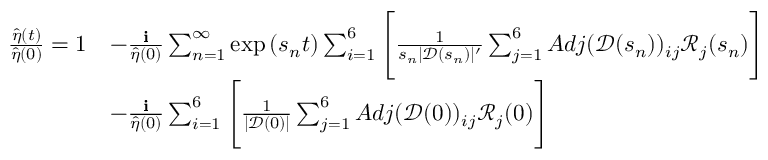
\begin{array} { r l } { \frac { \hat { \eta } ( t ) } { \hat { \eta } ( 0 ) } = 1 } & { - \frac { \textbf { i } } { \hat { \eta } ( 0 ) } \sum _ { n = 1 } ^ { \infty } \exp { ( s _ { n } t ) } \sum _ { i = 1 } ^ { 6 } \Bigg [ \frac { 1 } { s _ { n } | \mathscr { D } ( s _ { n } ) | ^ { \prime } } \sum _ { j = 1 } ^ { 6 } A d j ( \mathscr { D } ( s _ { n } ) ) _ { i j } \mathscr { R } _ { j } ( s _ { n } ) \Bigg ] } \\ & { - \frac { \textbf { i } } { \hat { \eta } ( 0 ) } \sum _ { i = 1 } ^ { 6 } \Bigg [ \frac { 1 } { | \mathscr { D } ( 0 ) | } \sum _ { j = 1 } ^ { 6 } A d j ( \mathscr { D } ( 0 ) ) _ { i j } \mathscr { R } _ { j } ( 0 ) \Bigg ] } \end{array}